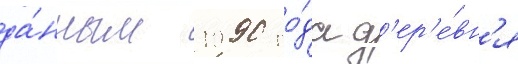
да́нным 1990 го́да д'ер'е́вн'я